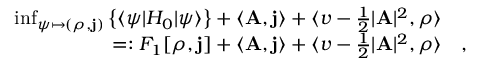
\begin{array} { r l } { \operatorname* { i n f } _ { \psi \mapsto ( \rho , \mathbf { j } ) } \left\{ \langle \psi | H _ { 0 } | \psi \rangle \right\} + \langle \mathbf { A } , \mathbf { j } \rangle + \langle v - \frac 1 2 \vert \mathbf { A } \vert ^ { 2 } , \rho \rangle } & { } \\ { = : F _ { 1 } [ \rho , \mathbf { j } ] + \langle \mathbf { A } , \mathbf { j } \rangle + \langle v - \frac 1 2 \vert \mathbf { A } \vert ^ { 2 } , \rho \rangle } & { , } \end{array}